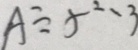
A \div 5 \cdots 3